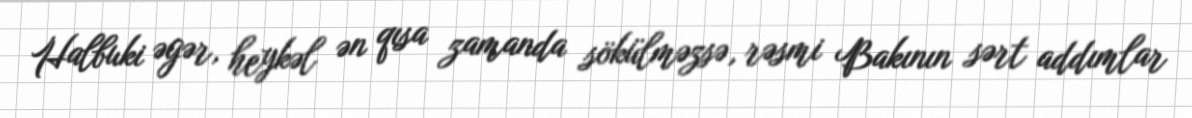
Halbuki əgər, heykəl ən qısa zamanda sökülməzsə, rəsmi Bakının sərt addımlar